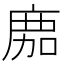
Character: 𢉻